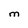
Character: M